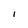
Character: I